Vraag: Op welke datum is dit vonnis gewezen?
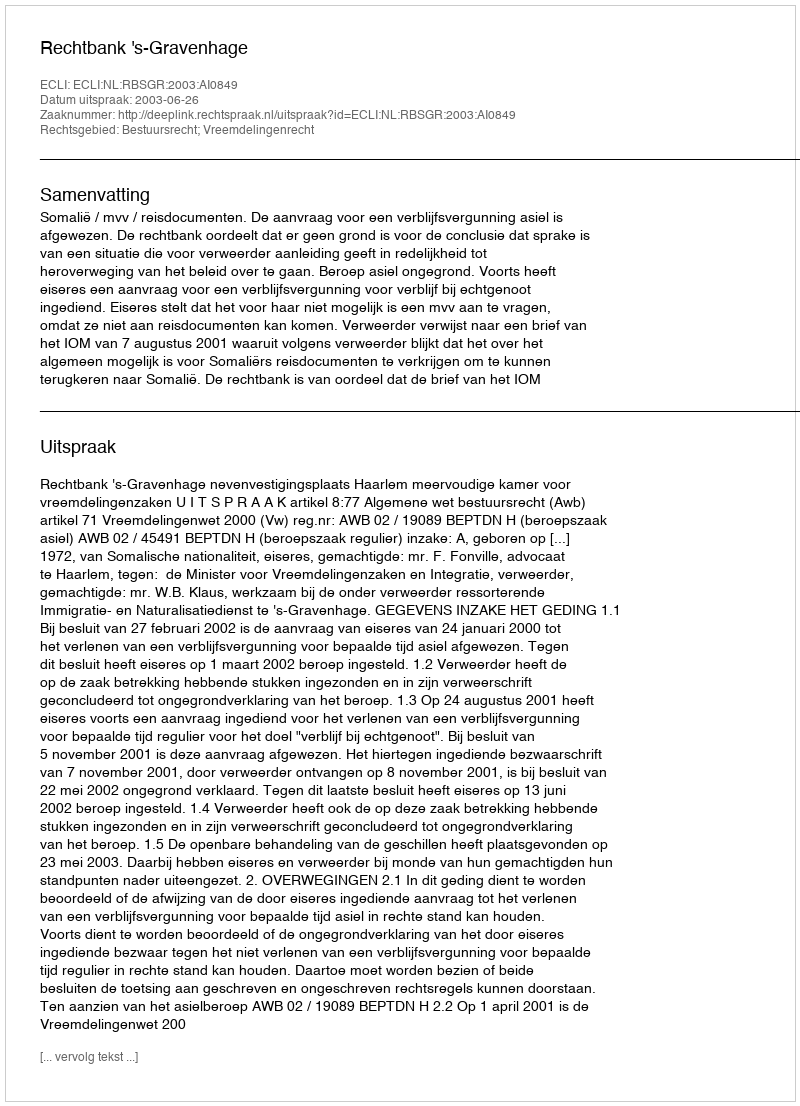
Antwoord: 2003-06-26